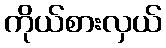
ကိုယ်စားလှယ်